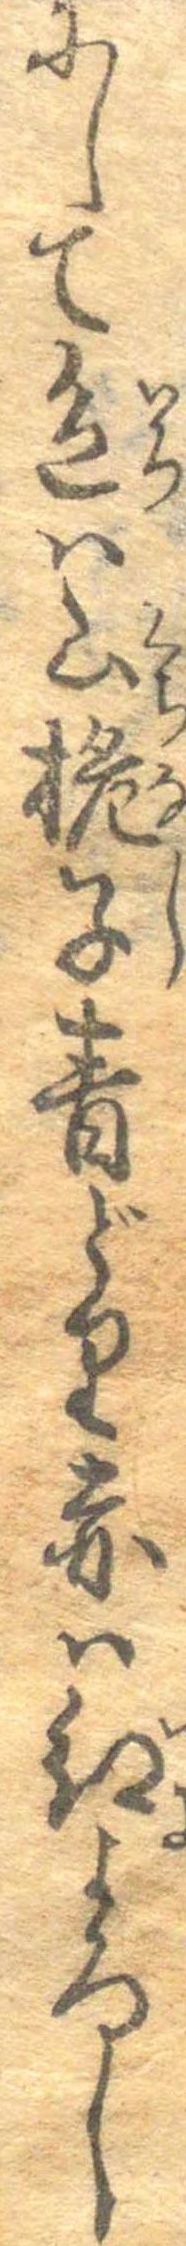
にして色は山梔子青どり赤は紅よろし